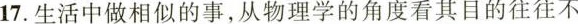
17.生活中做相似的事，从物理学的角度看其目的往往不